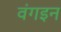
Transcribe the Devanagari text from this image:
वंगइन